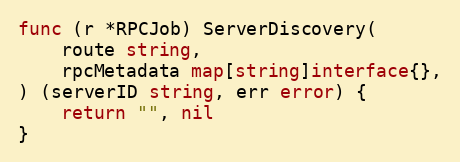
Language: Go
func (r *RPCJob) ServerDiscovery(
	route string,
	rpcMetadata map[string]interface{},
) (serverID string, err error) {
	return "", nil
}